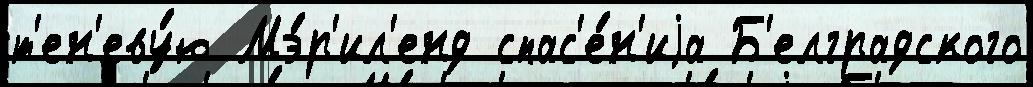
т'ен'еву́ю Мэ́р'ил'енд спас'е́н'иjа Б'елградского